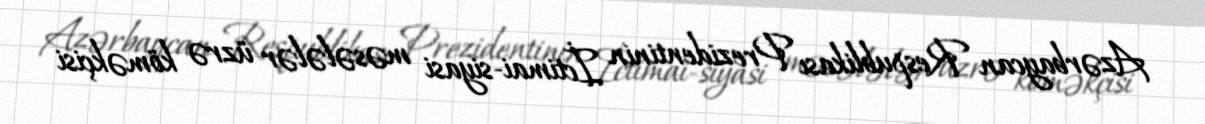
Azərbaycan Respublikası Prezidentinin İctimai-siyasi məsələlər üzrə köməkçisi